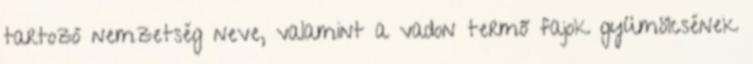
tartozó nemzetség neve, valamint a vadon termő fajok gyümölcsének